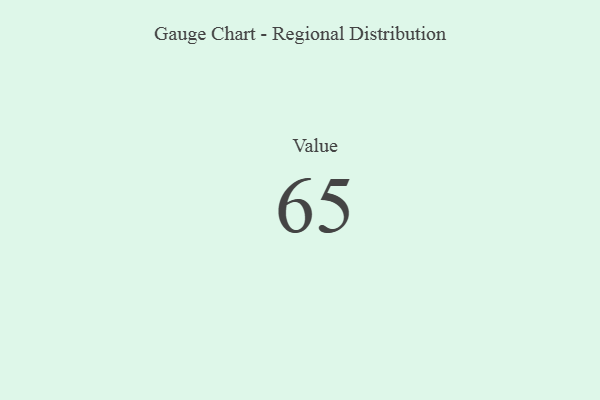
{"axis": {"x": "Metric", "y": "Value"}, "legend": [""], "data": [{"x": "Value", "y": 65, "type": ""}]}